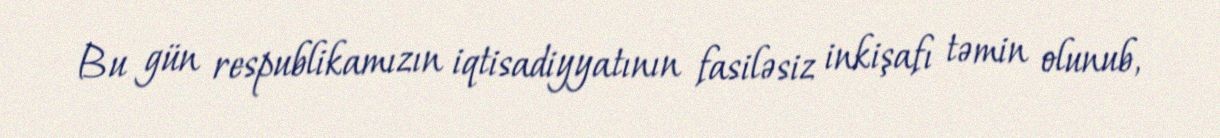
Bu gün respublikamızın iqtisadiyyatının fasiləsiz inkişafı təmin olunub,